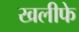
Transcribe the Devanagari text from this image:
खलीफे